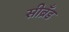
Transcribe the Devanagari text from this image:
सीब्रँड